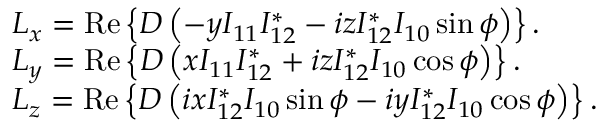
\begin{array} { r l } & { L _ { x } = \operatorname { R e } \left\{ D \left( - y I _ { 1 1 } I _ { 1 2 } ^ { * } - i z I _ { 1 2 } ^ { * } I _ { 1 0 } \sin \phi \right) \right\} . } \\ & { L _ { y } = \operatorname { R e } \left\{ D \left( x I _ { 1 1 } I _ { 1 2 } ^ { * } + i z I _ { 1 2 } ^ { * } I _ { 1 0 } \cos \phi \right) \right\} . } \\ & { L _ { z } = \operatorname { R e } \left\{ D \left( i x I _ { 1 2 } ^ { * } I _ { 1 0 } \sin \phi - i y I _ { 1 2 } ^ { * } I _ { 1 0 } \cos \phi \right) \right\} . } \end{array}